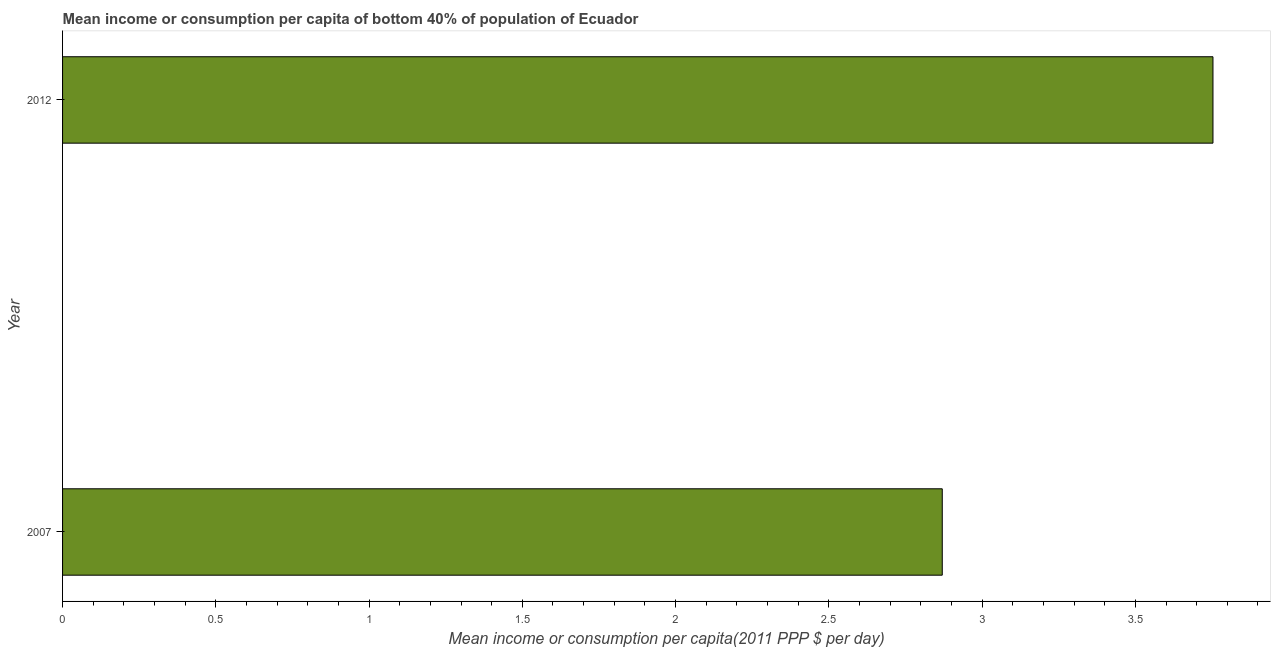
| Year | Bottom 40percent |
 | --- | --- |
 | 2007 | 2.87 |
 | 2012 | 3.75 |